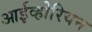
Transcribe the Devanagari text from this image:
आईव्होरियन